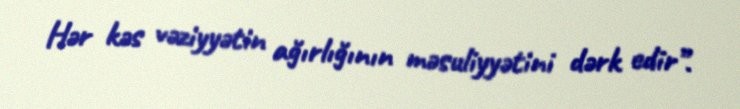
Hər kəs vəziyyətin ağırlığının məsuliyyətini dərk edir”.